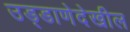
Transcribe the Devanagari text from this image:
उड्डाणेदेखील